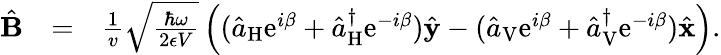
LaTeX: \begin{array}{rlr}{\hat{\mathbf B}}&{=}&{\frac{1}{v}\sqrt{\frac{\hbar\omega}{2\epsilon V}}\left((\hat{a}_{\mathrm{H}}\mathrm{e}^{i\beta}+\hat{a}_{\mathrm{H}}^{\dagger}\mathrm{e}^{-i\beta})\hat{\mathbf y}-(\hat{a}_{\mathrm{V}}\mathrm{e}^{i\beta}+\hat{a}_{\mathrm{V}}^{\dagger}\mathrm{e}^{-i\beta})\hat{\mathbf x}\right).}\end{array}